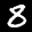
Label: 8